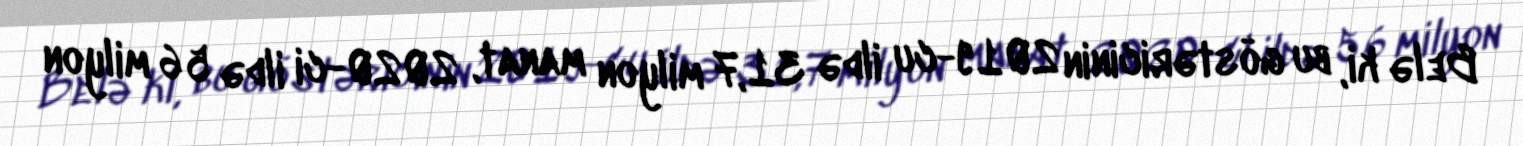
Belə ki, bu göstəricinin 2019-cu ildə 31,7 milyon manat, 2020-ci ildə 56 milyon